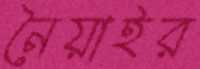
নৈয়াইর